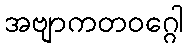
အဗျာကတဝဂ္ဂေါ